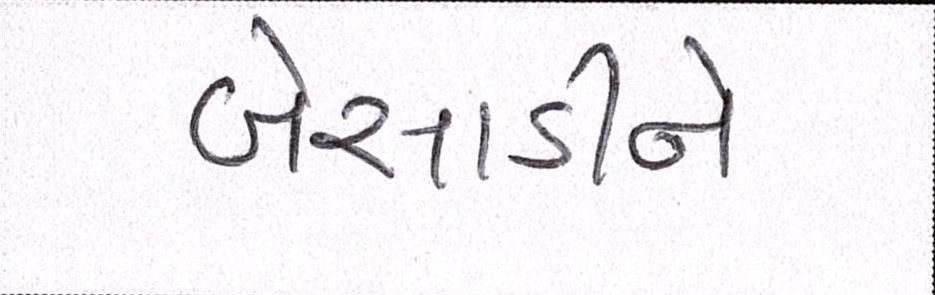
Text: બેસાડીને